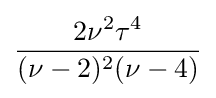
{\frac {2\nu ^{2}\tau ^{4}}{(\nu -2)^{2}(\nu -4)}}